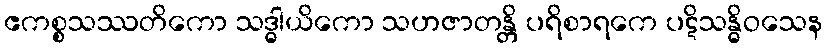
ဧကစ္စသဿတိကော သဒ္ဓါယိကော သဟဇာတန္တိ ပရိစာရကေ ပဋိသန္ဓိဝသေန